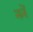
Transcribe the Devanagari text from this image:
ननें